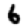
Digit: 6